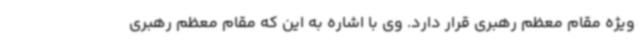
ویژه مقام معظم رهبری قرار دارد. وی با اشاره به این که مقام معظم رهبری